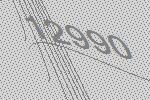
12990